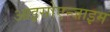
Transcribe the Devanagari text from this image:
आइसोएन्जाइम